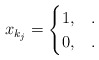
\begin{align*} x_{k_j}=\begin{cases} 1, & .\\ 0, & . \end{cases}\end{align*}